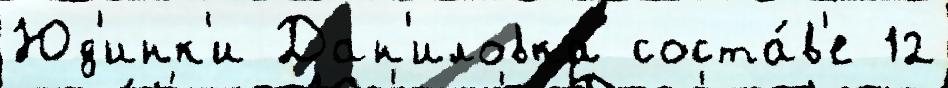
Юд'инк'и Дан'иловка соста́в'е 12